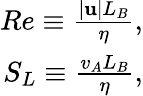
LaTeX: \begin{array}{r}{Re\equiv\frac{|{\mathbf u}|L_{B}}{\eta},}\\ {S_{L}\equiv\frac{v_{A}L_{B}}{\eta},}\end{array}